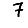
Digit: 7